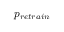
p _ { r e t r a i n }